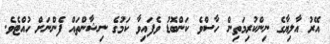
އޭރު އާލިޔާގެ ނިންކުރިމަތިން ހާސްވެ ކަންބޮޑު ވެފައިވާ ކަމުގެ ނިޝާންތައް ފެންނަށް ހުއްޓެވެ.